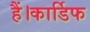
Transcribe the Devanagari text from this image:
हैं।कार्डिफ